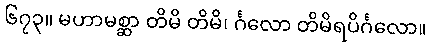
၆၇၃။ မဟာမစ္ဆာ တိမိ တိမိ၊ င်္ဂလော တိမိရပိင်္ဂလော။